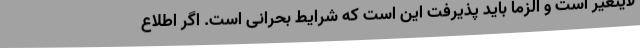
لایتغیر است و الزما باید پذیرفت این است که شرایط بحرانی است. اگر اطلاع